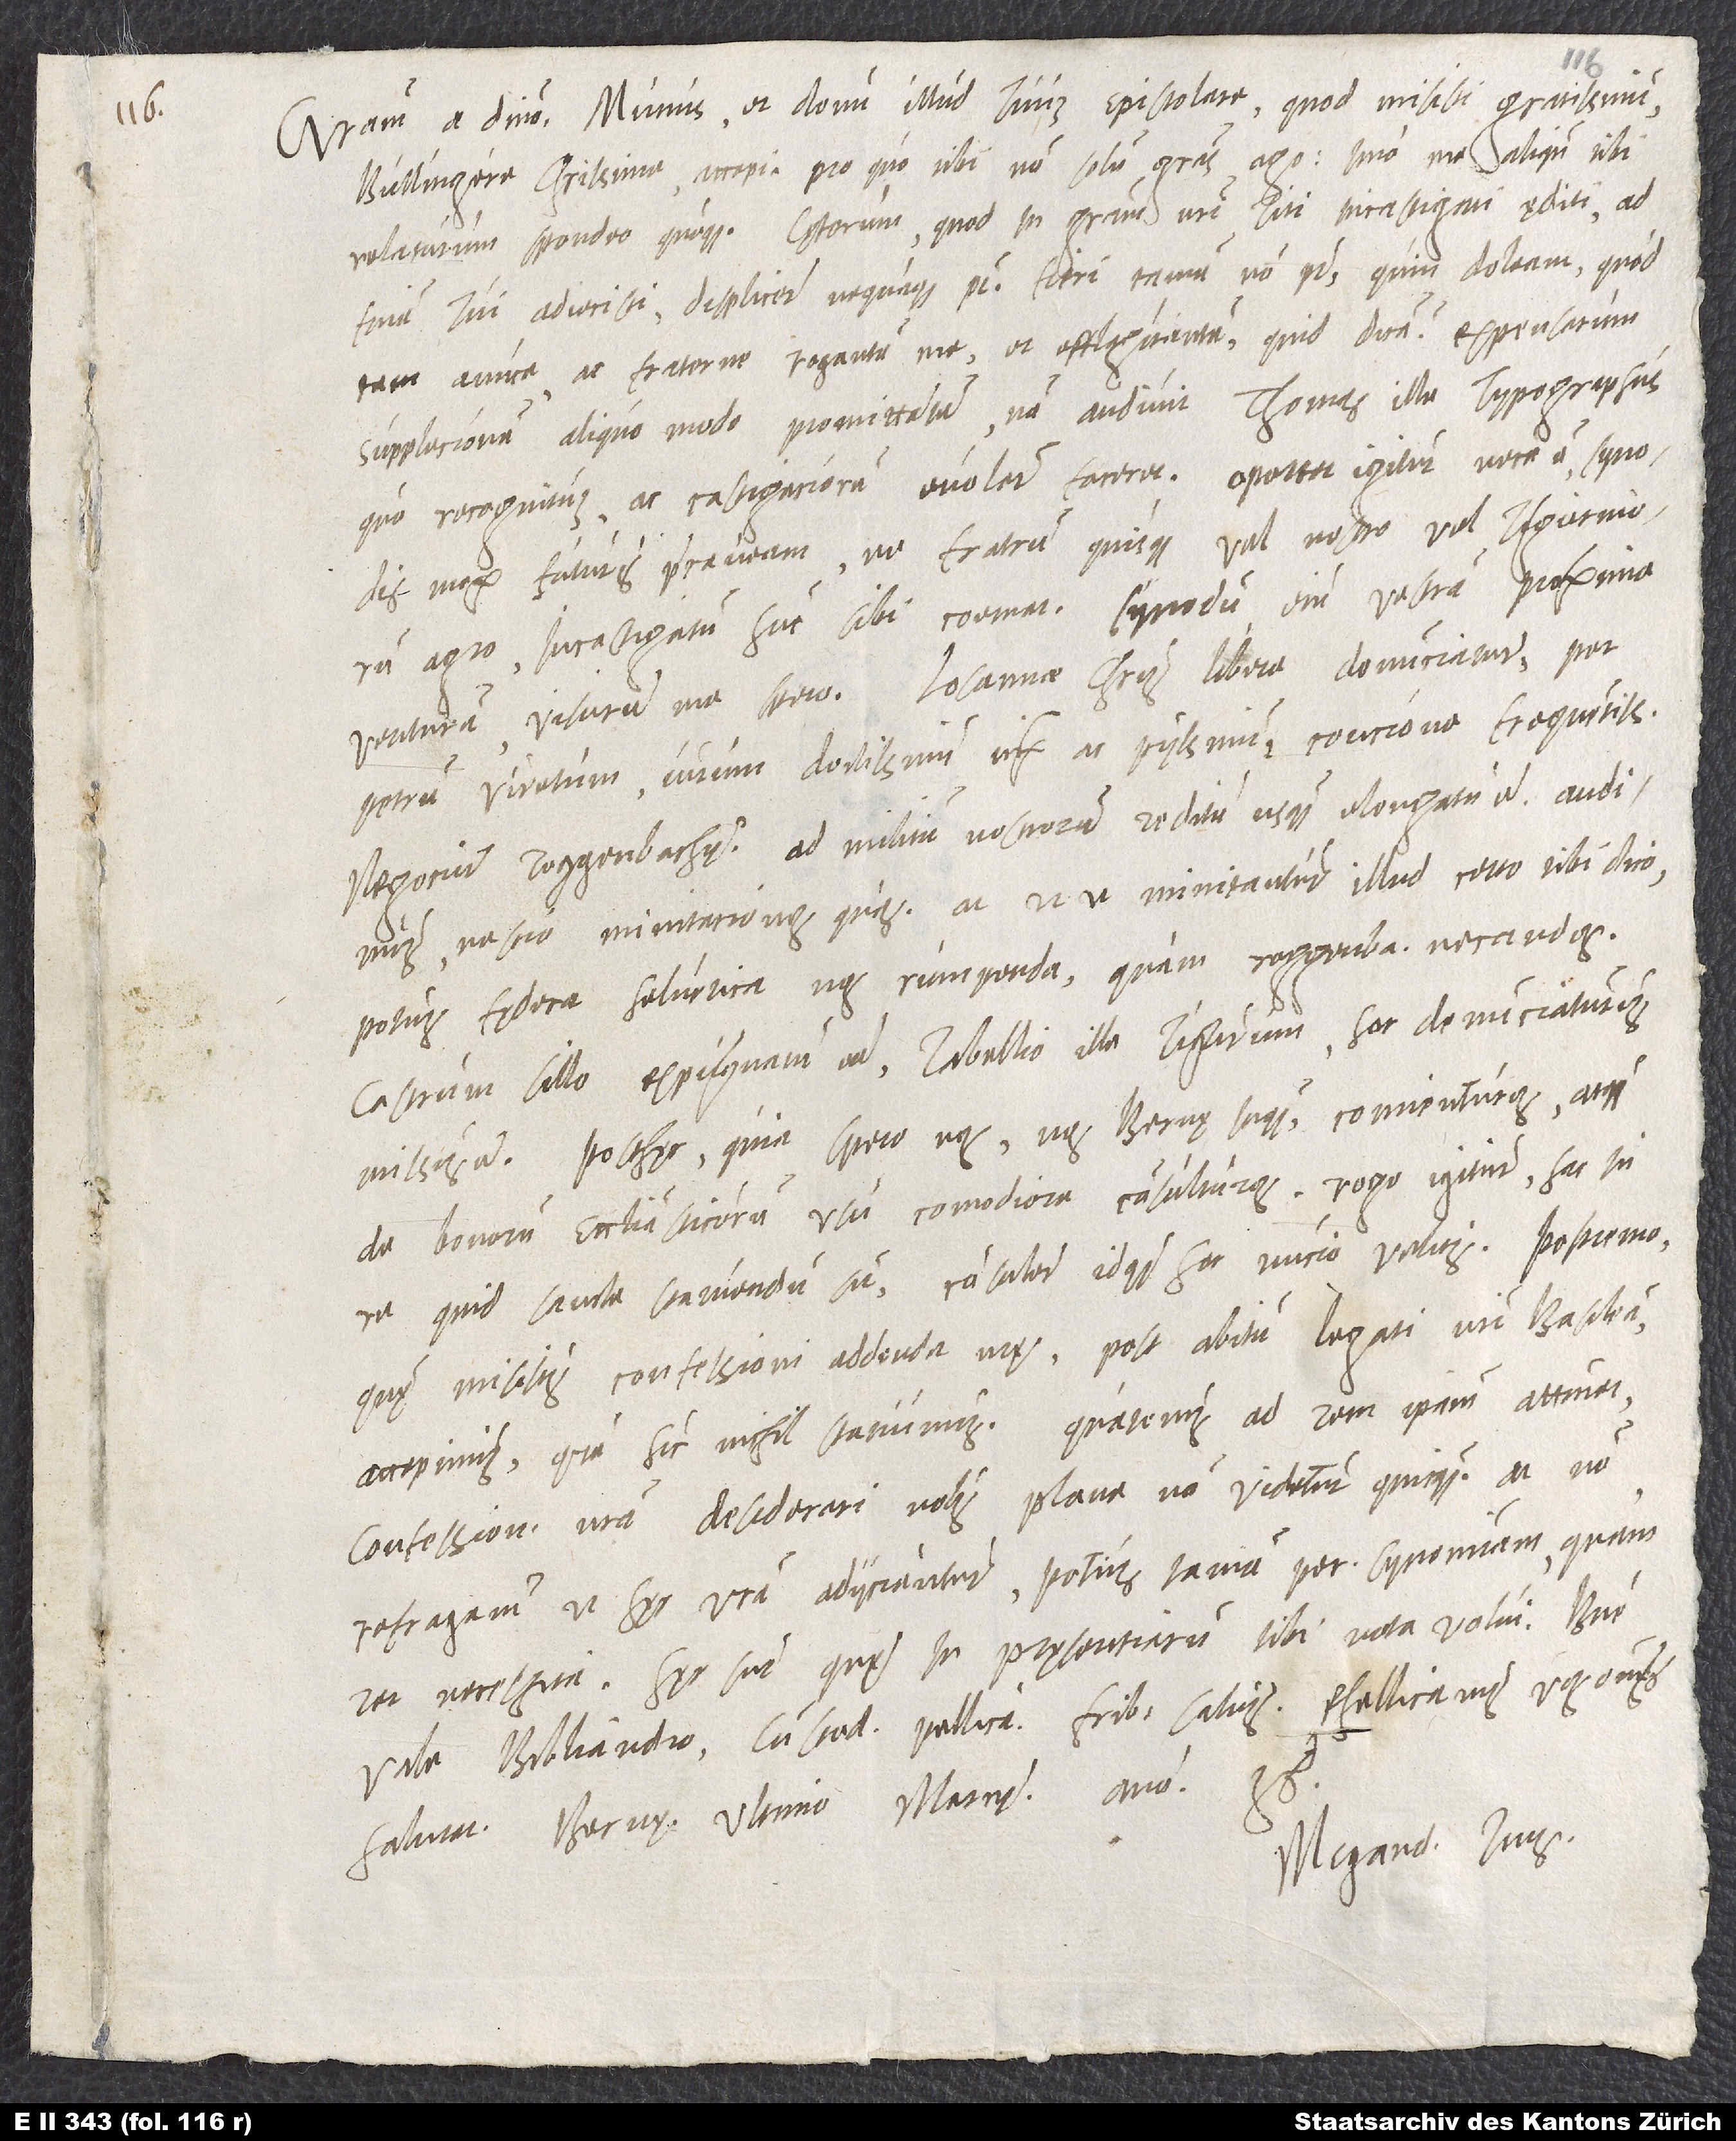
Gratiam a domino. Munus et donum illud tuum epistolare, quod misisti gratissimum,
Bullingere charissime, accepi; pro quo tibi non solum gratias ago, imo me aliquando tibi
Titi incastigati ęditi ad
relaturum spondeo quoque. Caeterum, quod in gratiam nostri
non potest, quin doleam, quod
finem tui adiecisti displicere nequaquam potest; fieri tamen
tam amice ac fraterne rogantem me et efflagitantem, quid dicam? Expensarum
supplecionem aliquo modo promittentem non audivit Thomas ille typographus,
quo recognitum ac castigaciorem evolare faceret. Oportet igitur, necesse est, synodis
mox futuris praecaveam, ne fratrum quisquam vel nostro vel Tigurinorum
agro incastigatum hunc sibi coemat; synodum enim vestram proxime
venturam visurum me spero. Losannae Christus libere denunciatur per
Petrum Viretum, virum doctissimum iuxta ac piissimum, concione frequentissima.
Castrum Sillo expugnatum est. Tabellio ille Tigurum hoc denunciaturus
missus est. Posthęc, quia spero nos, nos Bernę inquam, conventuros atque
de bonorum ecclesiasticorum usu comodiora consulturos, rogo igitur, hac in
re quid sancte statuendum sit, consulere, idque hoc nuntio, velitis. Postremo,
quę misistis confessioni addenda nostrae, post abitum legati nostri Basileam
accepimus, quare hic nihil statuimus. Quatenus ad rem ipsam attinet,
confessione nostra desiderari nobis plane non videtur quicquam, at non
refragamur, ut hęc vestra adiiciantur, potius tamen per synonymiam quam
rei necessitatem. Hęc sunt, quę in pręsentiarum tibi nota volui. Bene
vale, Bibliandro, custodi, Pellicano, fratribus salvis. Rhellicanus vos
salutat. Bernę, ultimo marcii anno